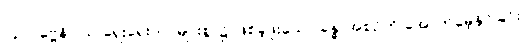
(၄) ပုဗ္ဗေနိဝါသ-ရှေးရှေးဘဝများစွာ၌ ဖြစ်ခဲ့ဖူးသော ခန္ဓာအစဉ်ကို အောက်မေ့နိုင်ခြင်း။